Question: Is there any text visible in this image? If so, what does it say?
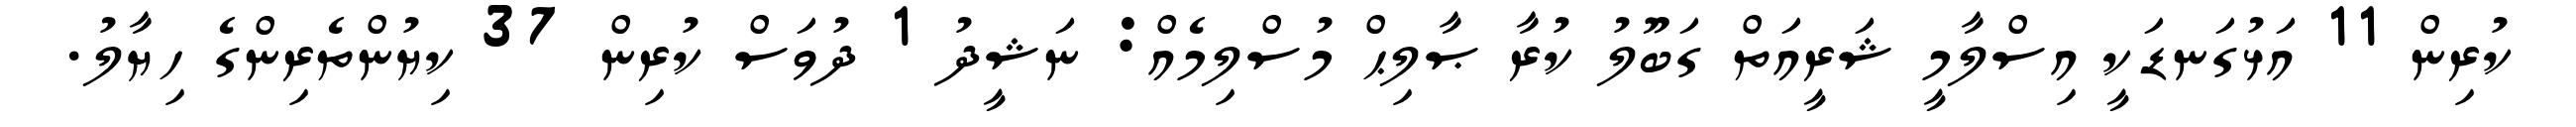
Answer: ކުރިން 11 އަޅުގަނޑަކީ އިސްލާމީ ޝަރީއަތް ގަބޫލު ކުރާ ޞާލިޙް މުސްލިމެއް: ނަޝީދު 1 ދުވަސް ކުރިން 37 ކިޔުންތެރިންގެ ހިޔާލު.